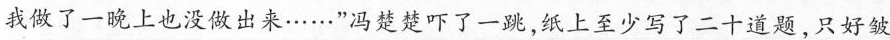
我做了一晚上也没做出来……”冯楚楚吓了一跳，纸上至少写了二十道题，只好皱